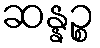
ဆန္နဉ္စ